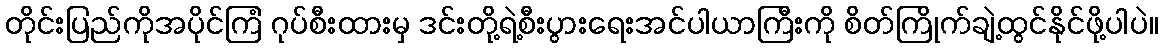
တိုင်းပြည်ကိုအပိုင်ကြံ ဂုပ်စီးထားမှ ဒင်းတို့ရဲ့စီးပွားရေးအင်ပါယာကြီးကို စိတ်ကြိုက်ချဲ့ထွင်နိုင်ဖို့ပါပဲ။